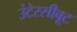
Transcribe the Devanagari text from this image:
उंटेरसीबूट